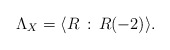
\begin{align*} \Lambda_X = \langle R \,:\, R (-2) \rangle.\end{align*}